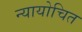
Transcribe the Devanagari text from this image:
न्‍यायोचित